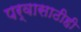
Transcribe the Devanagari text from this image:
पर्वासाठीही